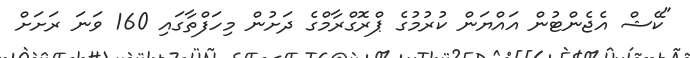
"ކޭޝް އެޖެންޓުން އައްޔަން ކުރުމުގެ ޕްރޮގްރާމްގެ ދަށުން މިހަފްތާގައި 160 ވަނަ ރަށަށް